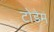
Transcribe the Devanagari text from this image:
टोडेम